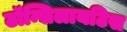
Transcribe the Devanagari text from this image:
टॉन्सिलायटिस